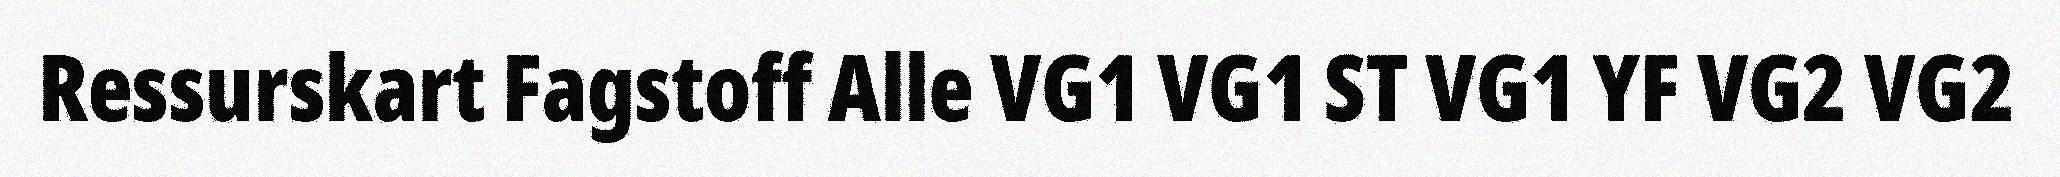
Ressurskart Fagstoff Alle VG1 VG1 ST VG1 YF VG2 VG2